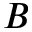
B